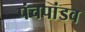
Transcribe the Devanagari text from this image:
पंचपांडव